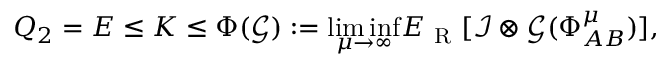
Q _ { 2 } = E \leq K \leq \Phi ( \mathcal { G } ) : = \underset { \mu \rightarrow \infty } { \operatorname* { l i m } \operatorname* { i n f } } E _ { \mathrm { ~ R ~ } } [ \mathcal { I } \otimes \mathcal { G } ( \Phi _ { A B } ^ { \mu } ) ] ,